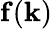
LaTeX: \mathbf{f}(\mathbf{k})